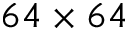
6 4 \times 6 4